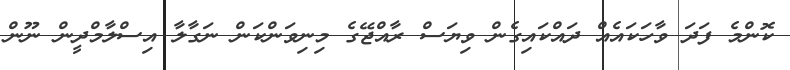
ކޮންމެ ފަދަ ވާހަކައެއް ދައްކައިގެން ވިޔަސް ރާއްޖޭގެ މިނިވަންކަން ނަގާލާ އިސްލާމްދީން ނޫން